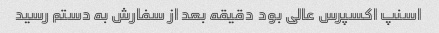
اسنپ اکسپرس عالی بود  دقیقه بعد از سفارش به دستم رسید